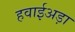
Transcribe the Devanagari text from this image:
हवाईअड़ा